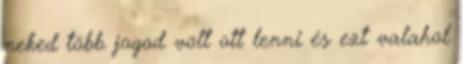
neked több jogod volt ott lenni és ezt valahol